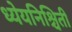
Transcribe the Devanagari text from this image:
ध्येयनिश्चिती